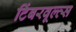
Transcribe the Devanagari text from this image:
टिंबरवूल्व्स